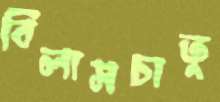
বিলাসচাতু